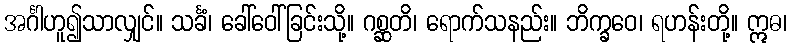
အင်္ဂါဟူ၍သာလျှင်။ သင်္ခံ၊ ခေါ်ဝေါ်ခြင်းသို့။ ဂစ္ဆတိ၊ ရောက်သနည်း။ ဘိက္ခဝေ၊ ရဟန်းတို့။ ဣဓ၊